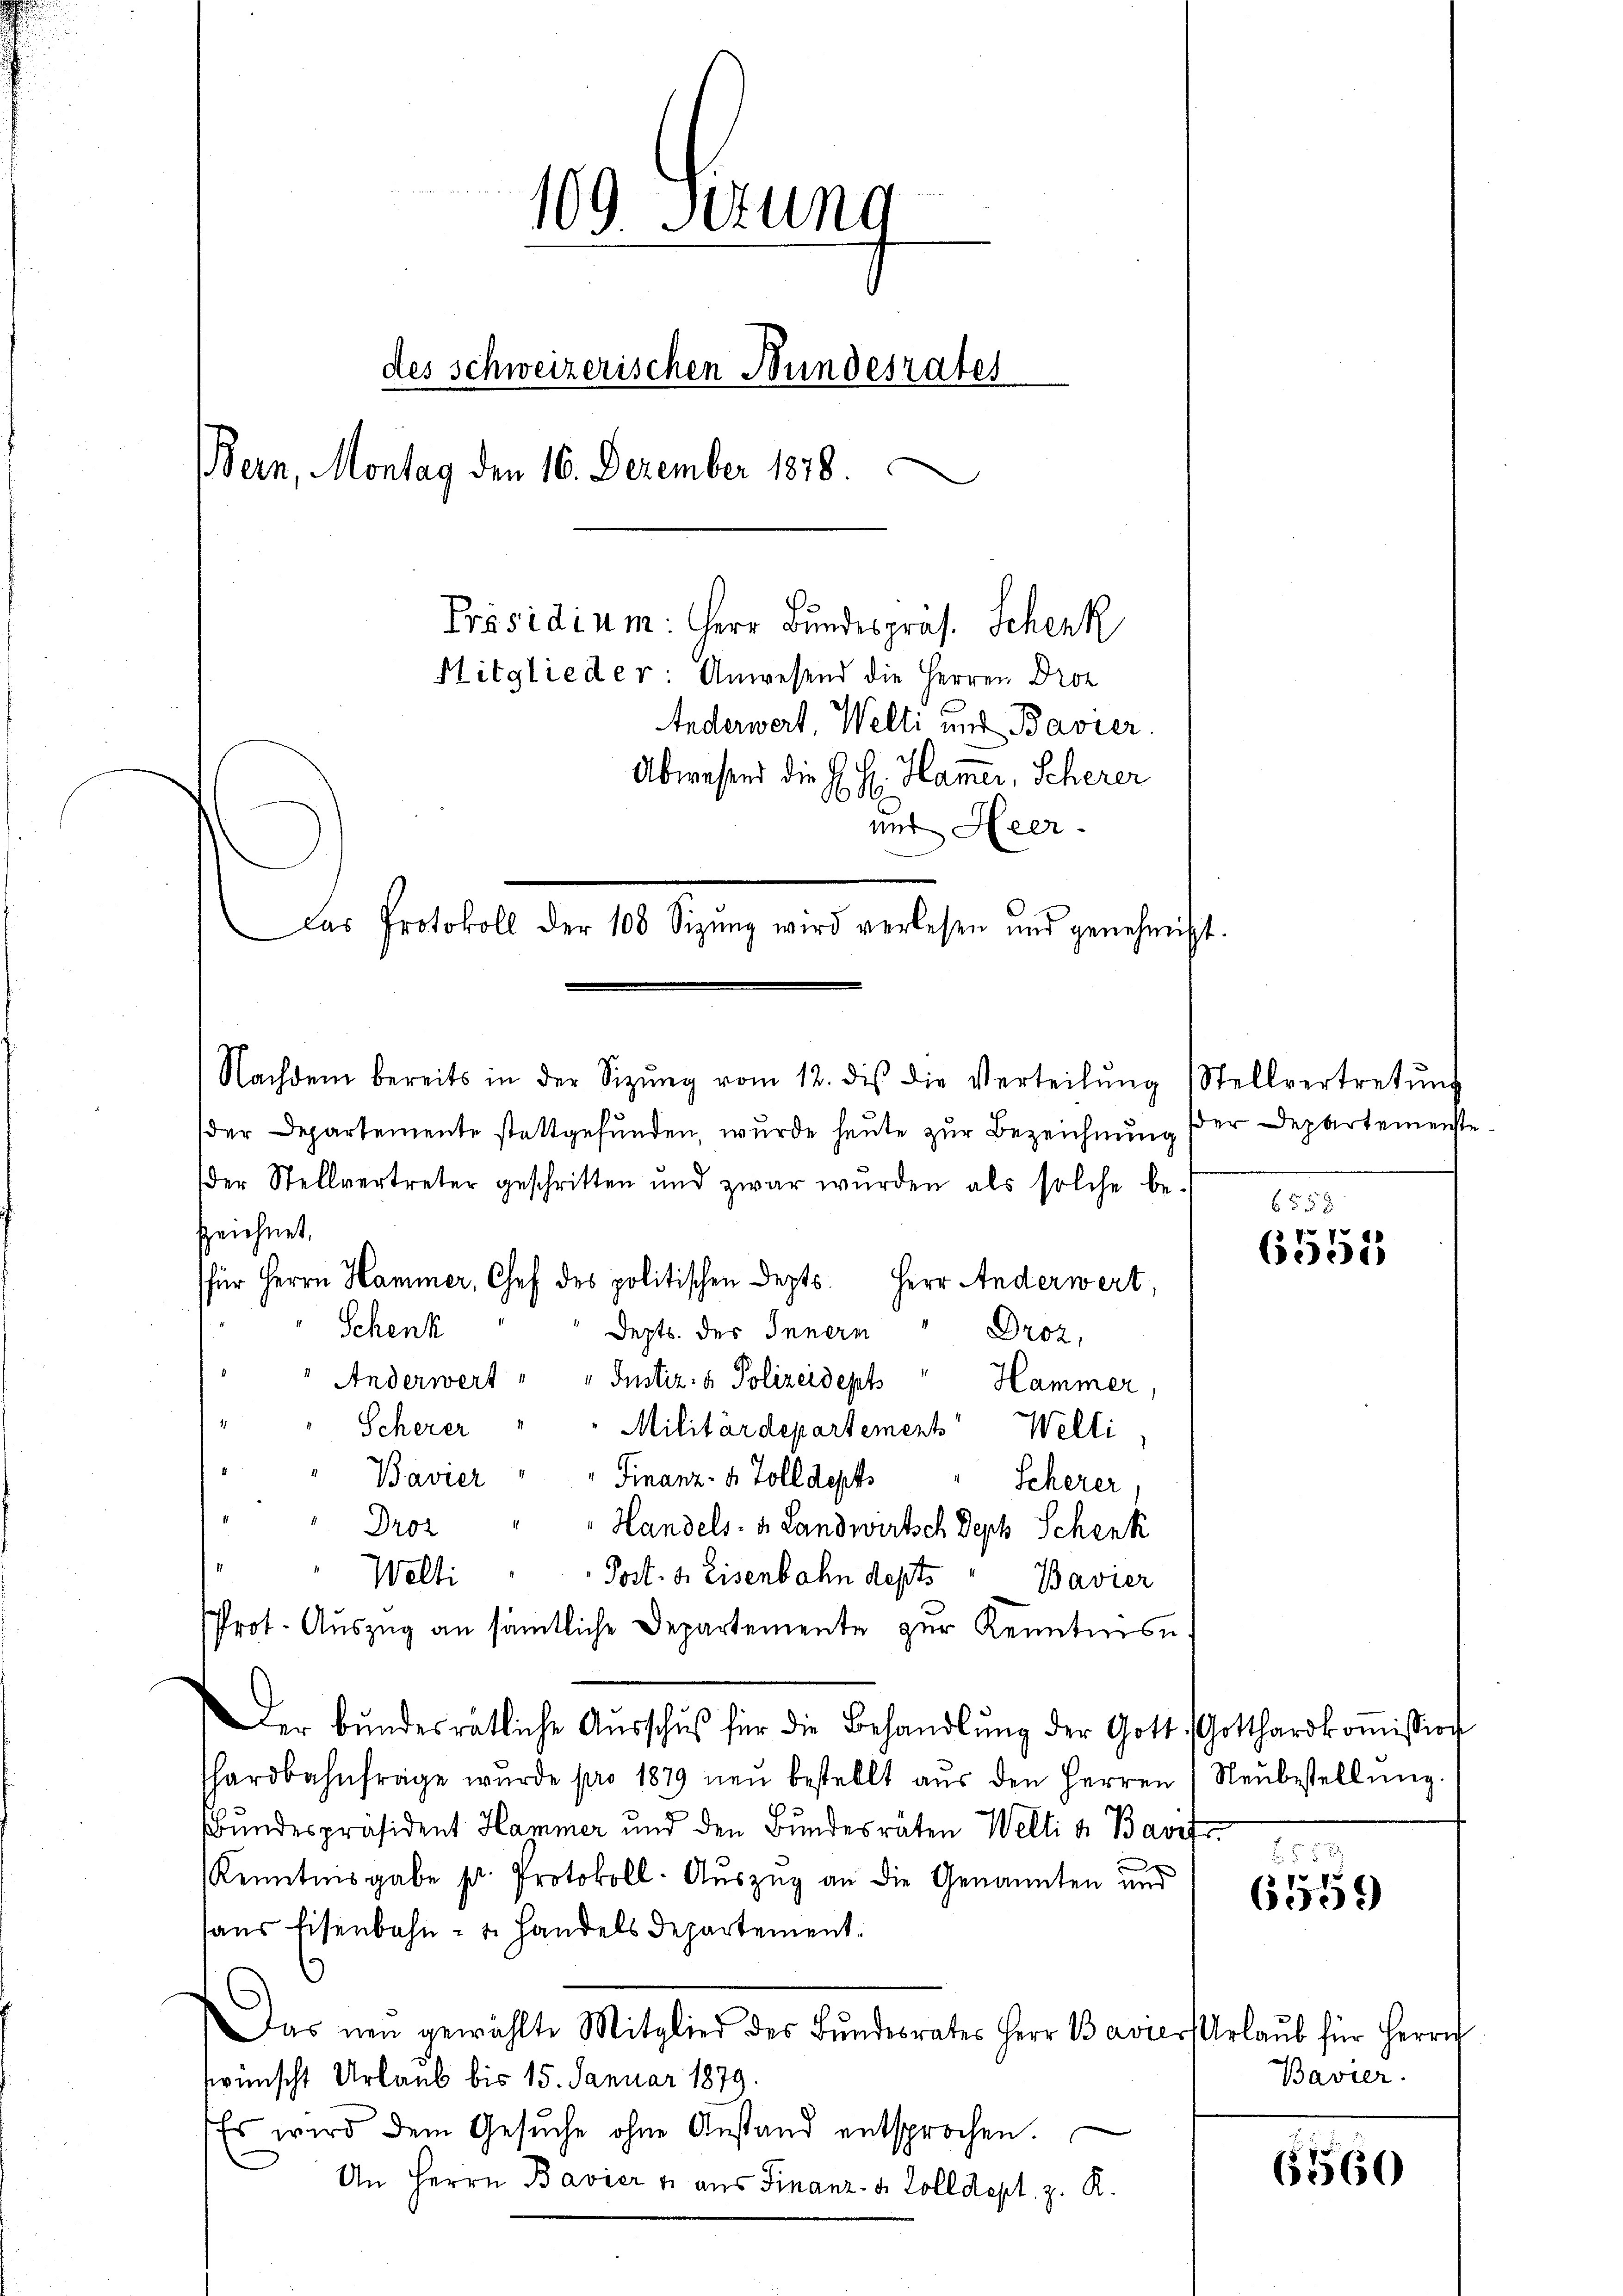
109. Setzung
—
des schweizerischen Bundesrates
Bern, Montag den 16. Dezember 1878.
Präsidium: Herr Bundespräs. Schenk
Mitglieder: Anwesend die Herren Droz
Anderwert, Welti und Bavier.
Abwesend die E. H. Hammer, Scherer
und Heer.
Das Protokoll der 100 Sizŭng wird verlesen und genehmigt.

der Departemente stattgefunden, wurde heute zur Bezeichnung der Departemenste
der Stellvertreter geschritten und zwar wurden als solche be-
zzeichnet,
für Herrn Hammer, Chef des politischen Depts. Herr Anderwert,
Schenk
Depts. des Innern
Droz.
Anderwert " " Justiz- & Polizeidept" Hammer,
Scherer
Militärdepartement Welti,
Finanz- u Toll dep
Bavier
Scherer,
Droz
Handels- u. Landwirtsch Deph Schenk
Welti
Post. d. Eisenbahn depts " Bavier
Prot. Aŭszŭg an sämtliche Departemente zŭr Kenntnis.
Der Bŭndesrätliche Aŭsschŭβ für die Behandlŭng der Gott. Gotthardkoṁission
hardbahnfräge wurde pro 1879 neŭ bestellt aŭs den Herren (Neŭbestellŭng
Bundespräsident Hammer und den Bundesräten Welti a. Bavifs.
Kenntnisgabe Hr. Protokoll. Auszug an die Genannten und
haus Eisenbahn- u. Handels Departement.
Das neu gewählte Mitglied des Bŭndesrates Herr Bavier Urlaŭb für Herrn
wünscht Urlaub bis 15. Januar 1879.
Es wird dem Gesŭche ohne Anstand entsprochen.
An Herrn Bavier u. aus Finanz- u. Zolldept, z. R.

Nachdem bereits in der Sitzŭng vom 12. dies die Verteilŭng (Stellvertretŭng

6558

6551

558
f
6509)

Bavier.

65560